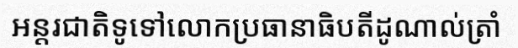
អន្តរជាតិទូទៅលោកប្រធានាធិបតីដូណាល់ត្រាំ